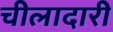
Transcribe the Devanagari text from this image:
चीलादारी